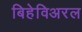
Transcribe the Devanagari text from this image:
बिहेविअरल